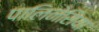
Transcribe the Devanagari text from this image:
पालिनेसिया